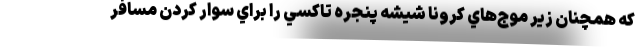
كه همچنان زير موج‌هاي كرونا شيشه پنجره تاكسي را براي سوار كردن مسافر